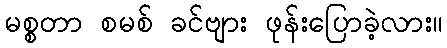
မစ္စတာ စမစ် ခင်ဗျား ဖုန်းပြောခဲ့လား။